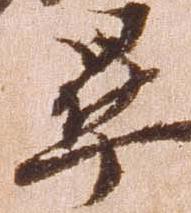
畢